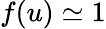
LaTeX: f(u)\simeq 1